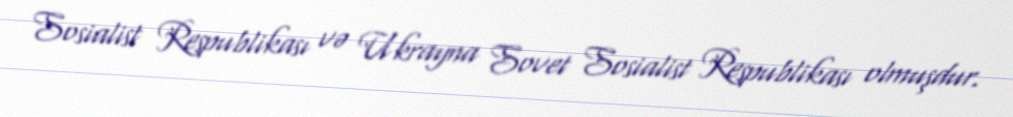
Sosialist Respublikası və Ukrayna Sovet Sosialist Respublikası olmuşdur.